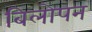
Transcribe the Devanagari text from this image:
बिलोपन